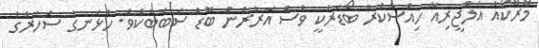
މޮރޮކޯއާ އަލްޖީރިއާ ހިއްސާކުރާ ބޯޑަރަކީ ވެސް އަރާރުން ބޮޑު ސަބަބެކެވެ. ހުޅަނގު ސަހަރާގެ